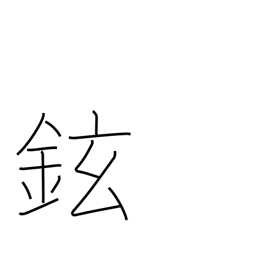
Meaning: handle